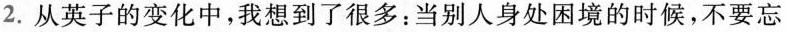
2.从英子的变化中，我想到了很多：当别人身处困境的时候，不要忘